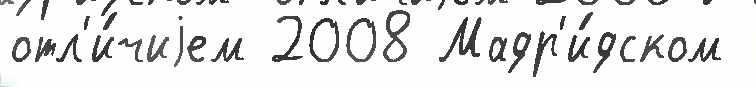
отл'и́чиjем 2008 Мадр'и́дском